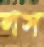
লস